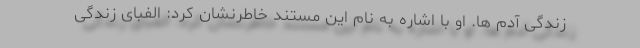
زندگی آدم ها. او با اشاره به نام این مستند خاطرنشان کرد: الفبای زندگی